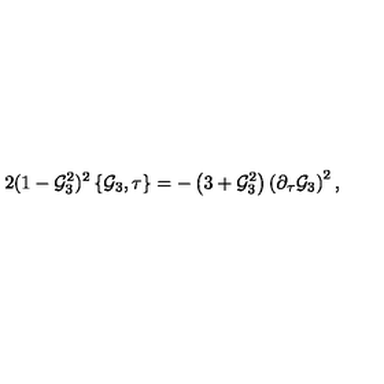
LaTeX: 2 ( 1 - { \cal G } _ { 3 } ^ { 2 } ) ^ { 2 } \left\{ { \cal G } _ { 3 } , \tau \right\} = - \left( 3 + { \cal G } _ { 3 } ^ { 2 } \right) \left( \partial _ { \tau } { \cal G } _ { 3 } \right) ^ { 2 } ,